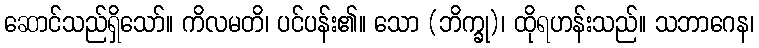
ဆောင်သည်ရှိသော်။ ကိလမတိ၊ ပင်ပန်း၏။ သော (ဘိက္ခု)၊ ထိုရဟန်းသည်။ သဘာဂေန၊